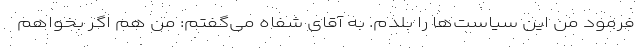
‌فرمود من این سیاست‌ها را بلدم. به آقای شفاه می‌گفتم: من هم اگر بخواهم